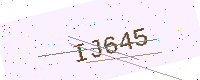
Text: IJ645